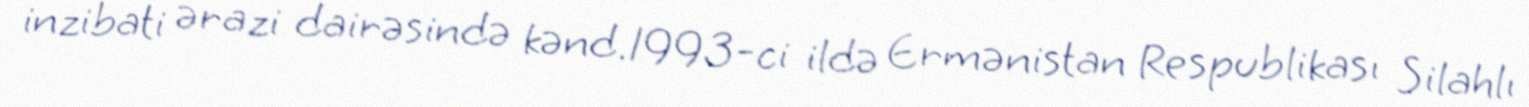
inzibati ərazi dairəsində kənd.1993-ci ildə Ermənistan Respublikası Silahlı